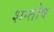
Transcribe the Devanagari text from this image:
शन्तोष